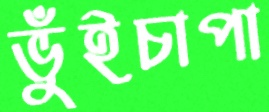
ভুঁইচাপা